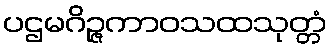
ပဌမဂိဉ္ဇကာဝသထသုတ္တံ